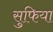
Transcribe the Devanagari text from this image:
सुफिया